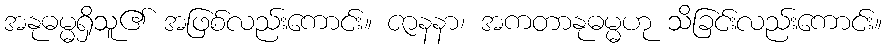
အနုဓမ္မရှိသူ၏ အဖြစ်လည်းကောင်း။ ဇာနနာ၊ အကတာနုဓမ္မဟု သိခြင်းလည်းကောင်း။